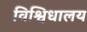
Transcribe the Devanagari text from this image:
विश्विधालय